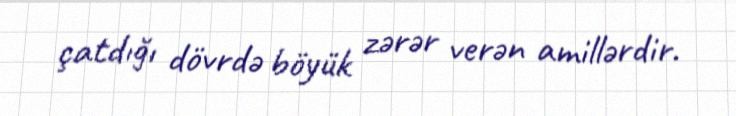
çatdığı dövrdə böyük zərər verən amillərdir.